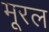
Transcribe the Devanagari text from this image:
मूरल